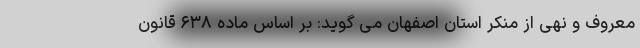
معروف و نهی از منکر استان اصفهان می گوید: بر اساس ماده ۶۳۸ قانون